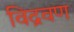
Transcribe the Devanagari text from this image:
विद्रवण